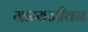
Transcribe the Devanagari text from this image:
ग्राम्यजीवन